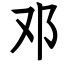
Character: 邓